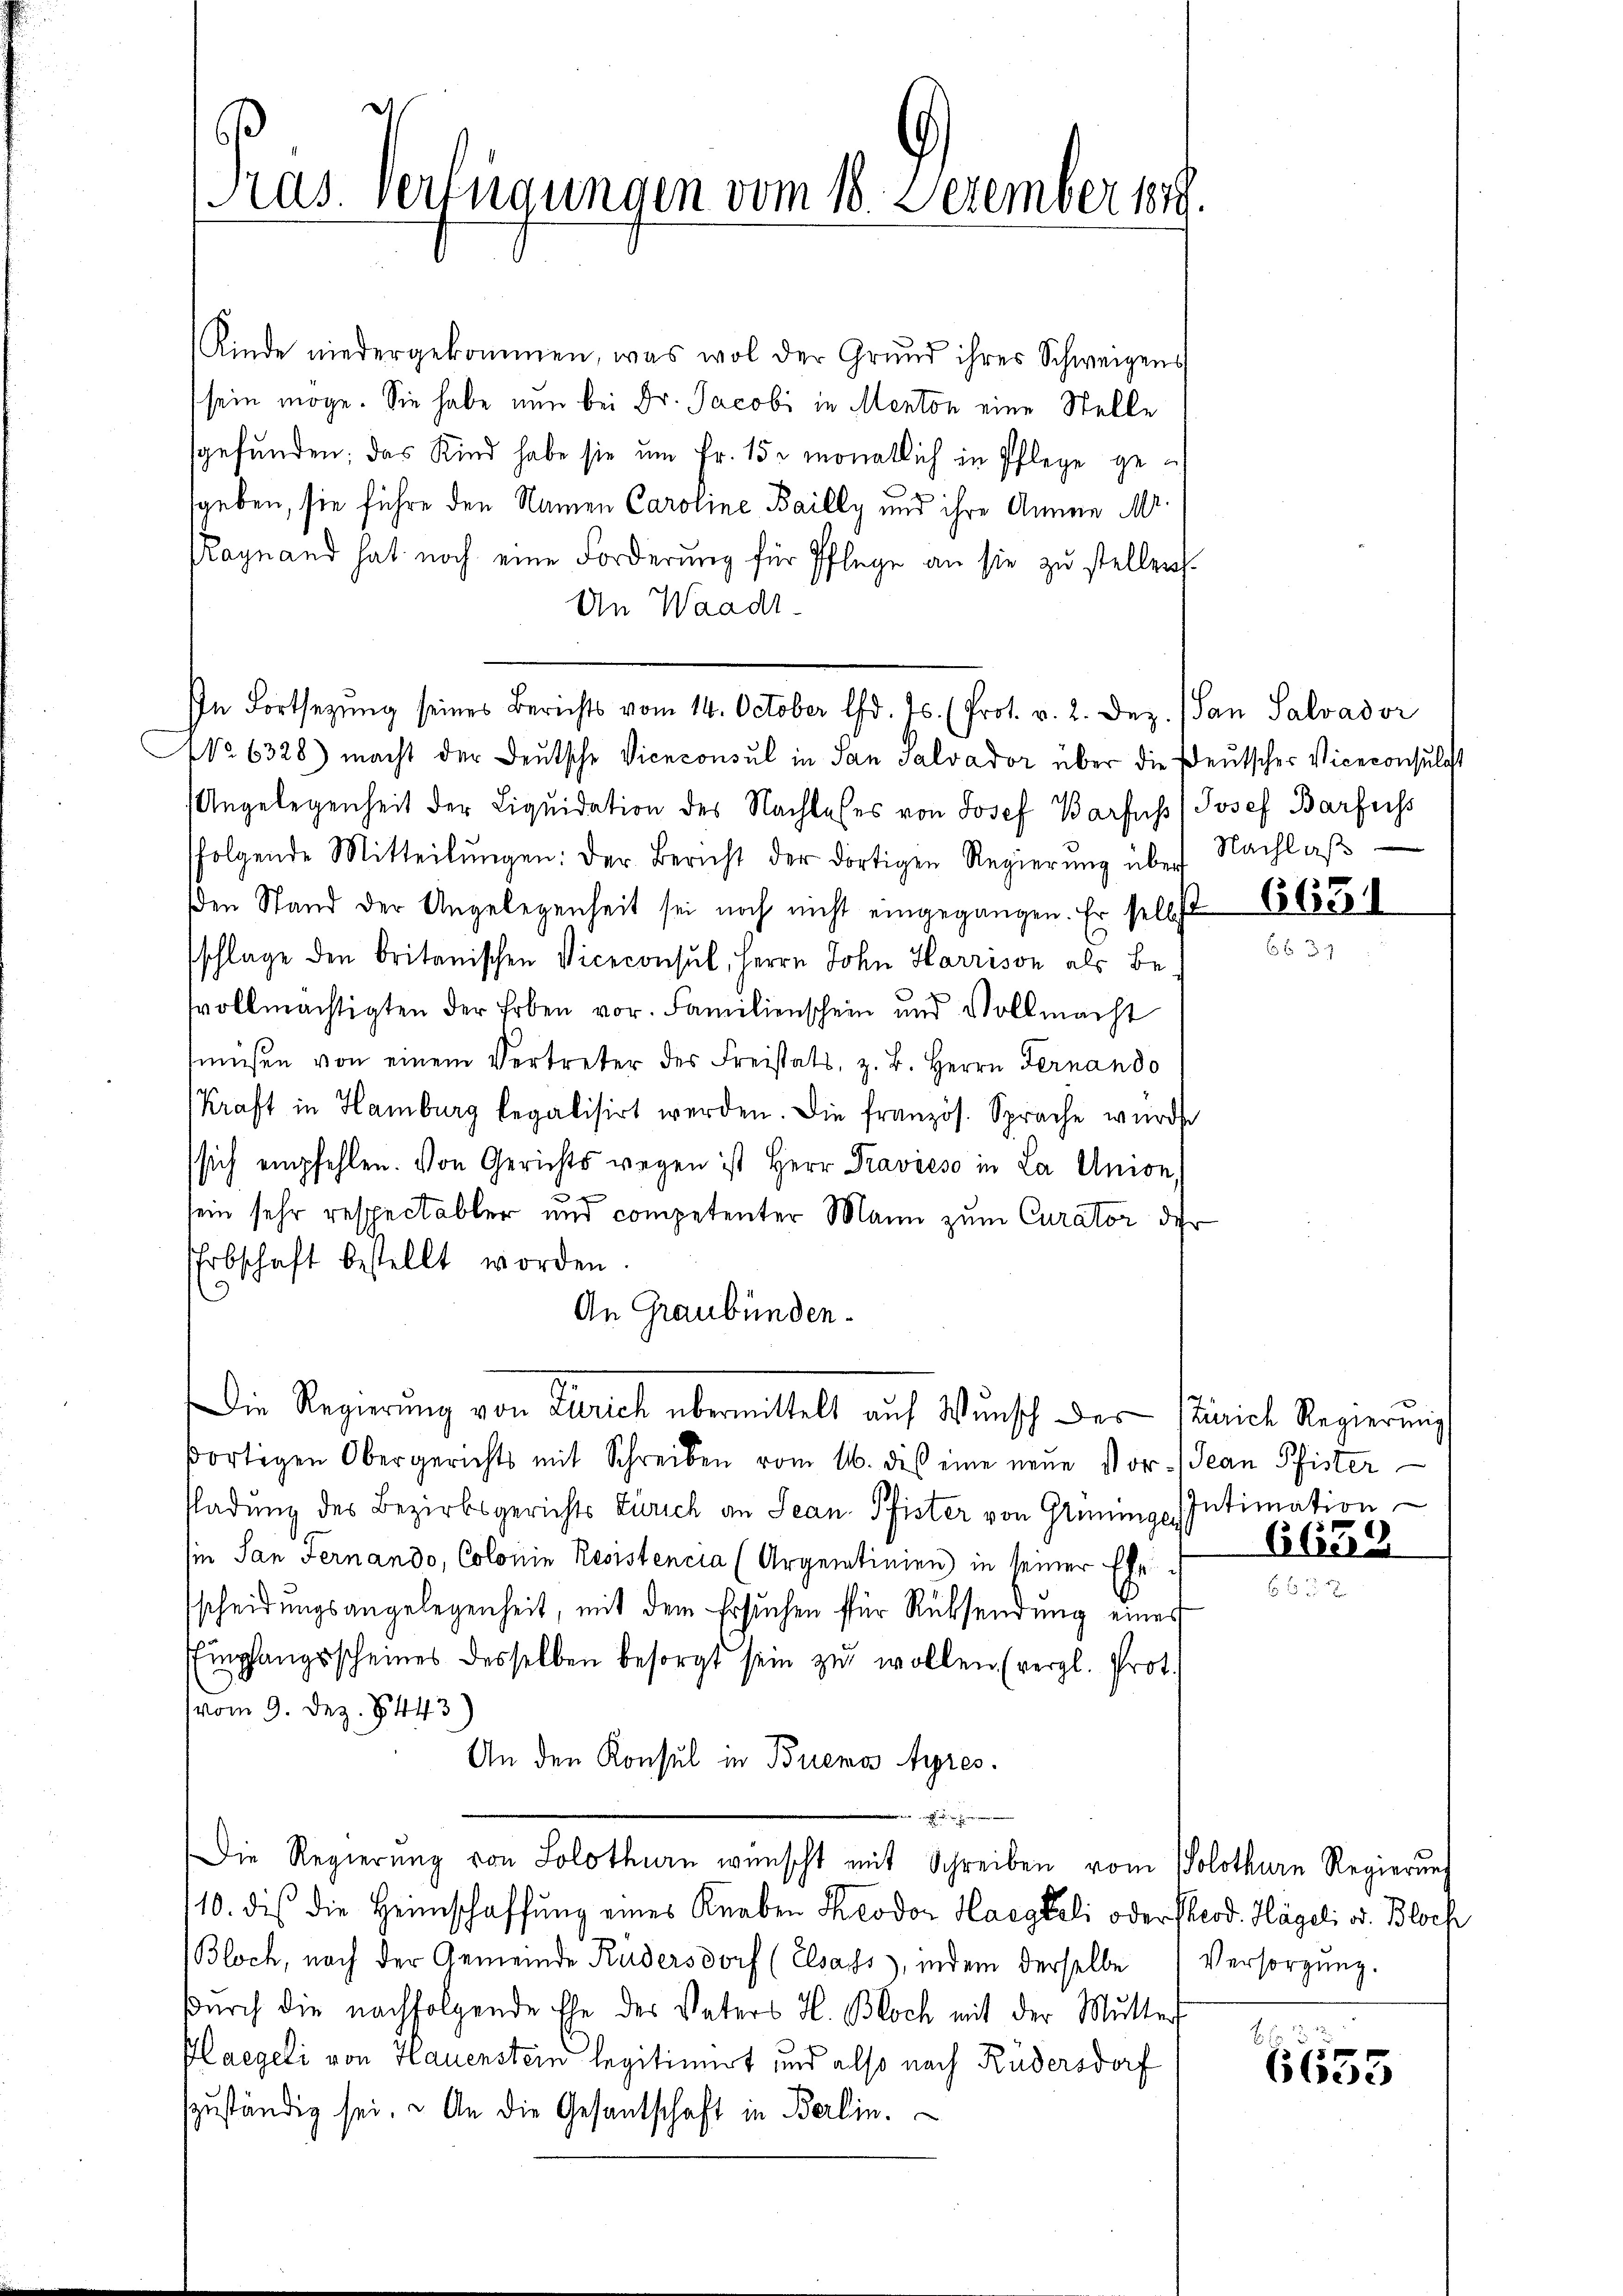
Pras. Verfügungen vom 18. Dezember 1879

Kinde niedergekommen, was wol der Grund ihres Schweigens
sein möge. Sie habe nun bei Dr. Jacobi in Menton eine Stelle
sgefunden; das Kind habe sie um Fr. 15. monatlich in Pflege gesgeben, sie führe den Namen Caroline, Bailly und ihre Annen Mr.
Ragnand hat noch eine Forderung für Pflege an sie zu stellen.
Un Waadt.
Angelegenheit der Liquidation des Nachlasses von Josef Barfus Josef Barfniss
folgende Mitteilŭngen: der Bericht der dortigen Regierŭng über Nachlaβ
den Stand der Angelegenheit sei noch nicht eingegangen. Er selbst
schlage den britanischen Viceconsul, Herrn John Harrison als Bed
svollmächtigten der Erben vor. Familienschein und Vollmacht
müßen von einem Vertreter des Freistats, z. B. Herrn Fernando
Kraft in Hamburg legalisirt werden. Die französ. Sprache würde
sich empfehlen. Von Gerichts wegen ist Herr Fravieso in La Union,
sein sehr respectabler und competenter Mann zum Curator der
Erbschaft bestellt worden.
An Graubünden.
Die Regierung von Zürich übermittelt auf Wunsch der Zürich Regierŭng
dortigen Obergerichts mit Schreiben vom 16. dis eine neue Vor- Jean Pfister
fladung des Bezirksgerichts Zürich an Jean Pfister von Grünings Intimation
sie San Fernando, Colonin Resistencia (Argentinien) in seiner Ehe
scheidungsangelegenheit, mit dem Ersuchen für Rücksendung eines
Empfangsscheines desselben besorgt sein zŭ wollen (vergl. Prot.
vom 9. Dez. 8443)
An den Konsul in Buenos Ayres.

Die Regierŭng von Solothurn wünscht mit Schreiben vom Solothurn Regierung
110. dis die Heimschaffung eines Knaben Theodor Haegkeli oder Theod. Hägeli od. Bloch
Bloch, nach der Gemeinde Küdersdorf (Elsass, indem derselbe Versorgŭng.
durch die nachfolgende Ehe des Vaters H. Bloch mit der Mutters
Haegeli von Hauenstein legitimirt und also nach Rüdersdorf
szuständig sei. - An die Gesantschaft in Berlin.

In Fortsetzŭng seines Berichts vom 14. October d. Js. (Prot. v. 2. Dez. (San Salvador
No 6328) macht der Deutsche Viceconsul in San Salvador über die Deutscher Viceconsulat

x

6651

6652

Ebede